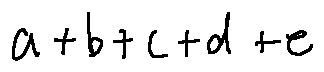
a + b + c + d + e